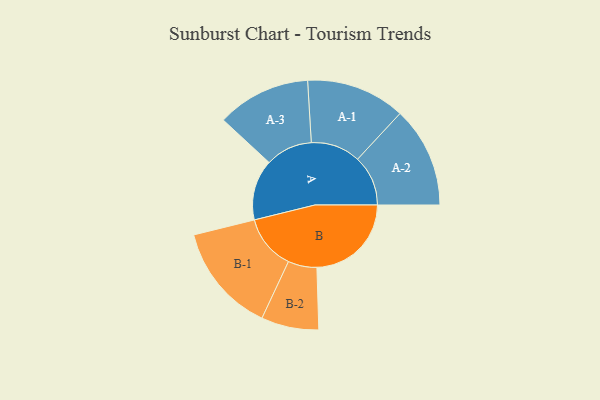
{"axis": {"x": "Segment", "y": "Value"}, "legend": ["", "A", "B"], "data": [{"x": "A", "y": 274, "type": ""}, {"x": "B", "y": 427, "type": ""}, {"x": "A-1", "y": 224, "type": "A"}, {"x": "A-2", "y": 228, "type": "A"}, {"x": "A-3", "y": 212, "type": "A"}, {"x": "B-1", "y": 247, "type": "B"}, {"x": "B-2", "y": 130, "type": "B"}]}